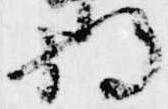
将